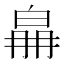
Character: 𤽛